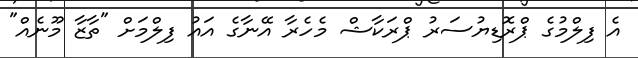
އެ ފިލްމުގެ ޕްރޮޑިޔުސަރު ޕްރަކާޝް މެހެރާ އޭނާގެ އައު ފިލްމަށް "ތާޒާ މޫނެއް"